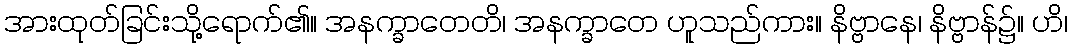
အားထုတ်ခြင်းသို့ရောက်၏။ အနက္ခာတေတိ၊ အနက္ခာတေ ဟူသည်ကား။ နိဗ္ဗာနေ၊ နိဗ္ဗာန်၌။ ဟိ၊